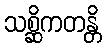
သစ္ဆိကတန္တိ